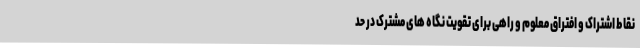
نقاط اشتراک و افتراق معلوم و راهی برای تقویت نگاه های مشترک در حد